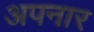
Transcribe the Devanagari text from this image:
अपनार